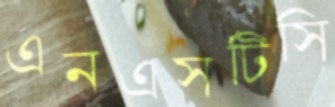
এনএসটিসি